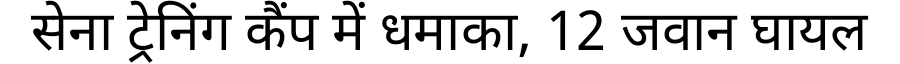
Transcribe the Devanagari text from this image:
सेना ट्रेनिंग कैंप में धमाका, 12 जवान घायल